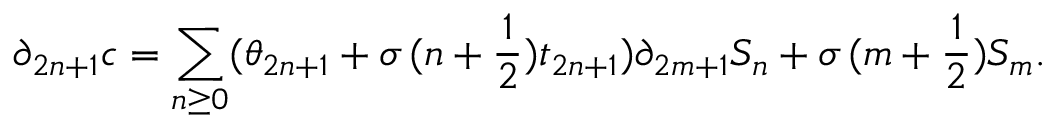
\partial _ { 2 n + 1 } c = \sum _ { n \geq 0 } ( \theta _ { 2 n + 1 } + \sigma \, ( n + \frac { 1 } { 2 } ) t _ { 2 n + 1 } ) \partial _ { 2 m + 1 } S _ { n } + \sigma \, ( m + \frac { 1 } { 2 } ) S _ { m } .